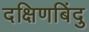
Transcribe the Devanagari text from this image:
दक्षिणबिंदु